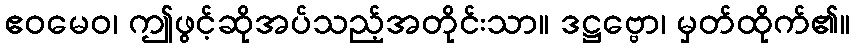
ဧဝမေဝ၊ ဤဖွင့်ဆိုအပ်သည့်အတိုင်းသာ။ ဒဋ္ဌဗ္ဗော၊ မှတ်ထိုက်၏။